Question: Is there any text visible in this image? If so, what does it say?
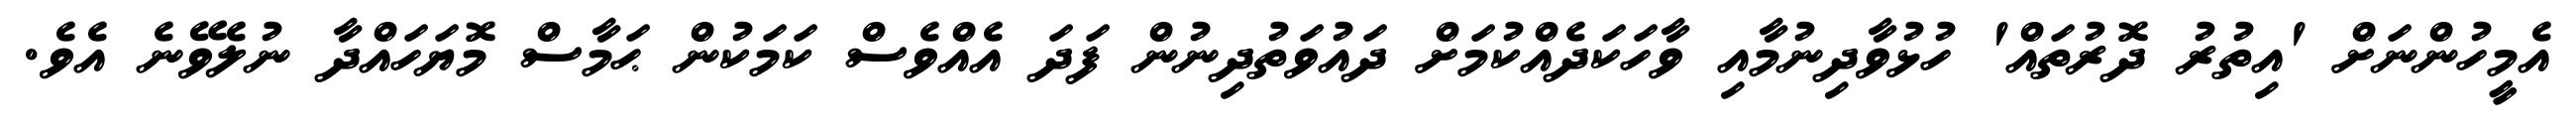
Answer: އެމީހުންނަށް 'އިތުރު ދޮރުތައް' ހުޅުވާދިނުމާއި ވާހަކަދެއްކުމަށް ދައުވަތުދިނުން ފަދަ އެއްވެސް ކަމަކުން ޙަމާސް މޮޔަހައްދާ ނުލެވޭނެ އެވެ.